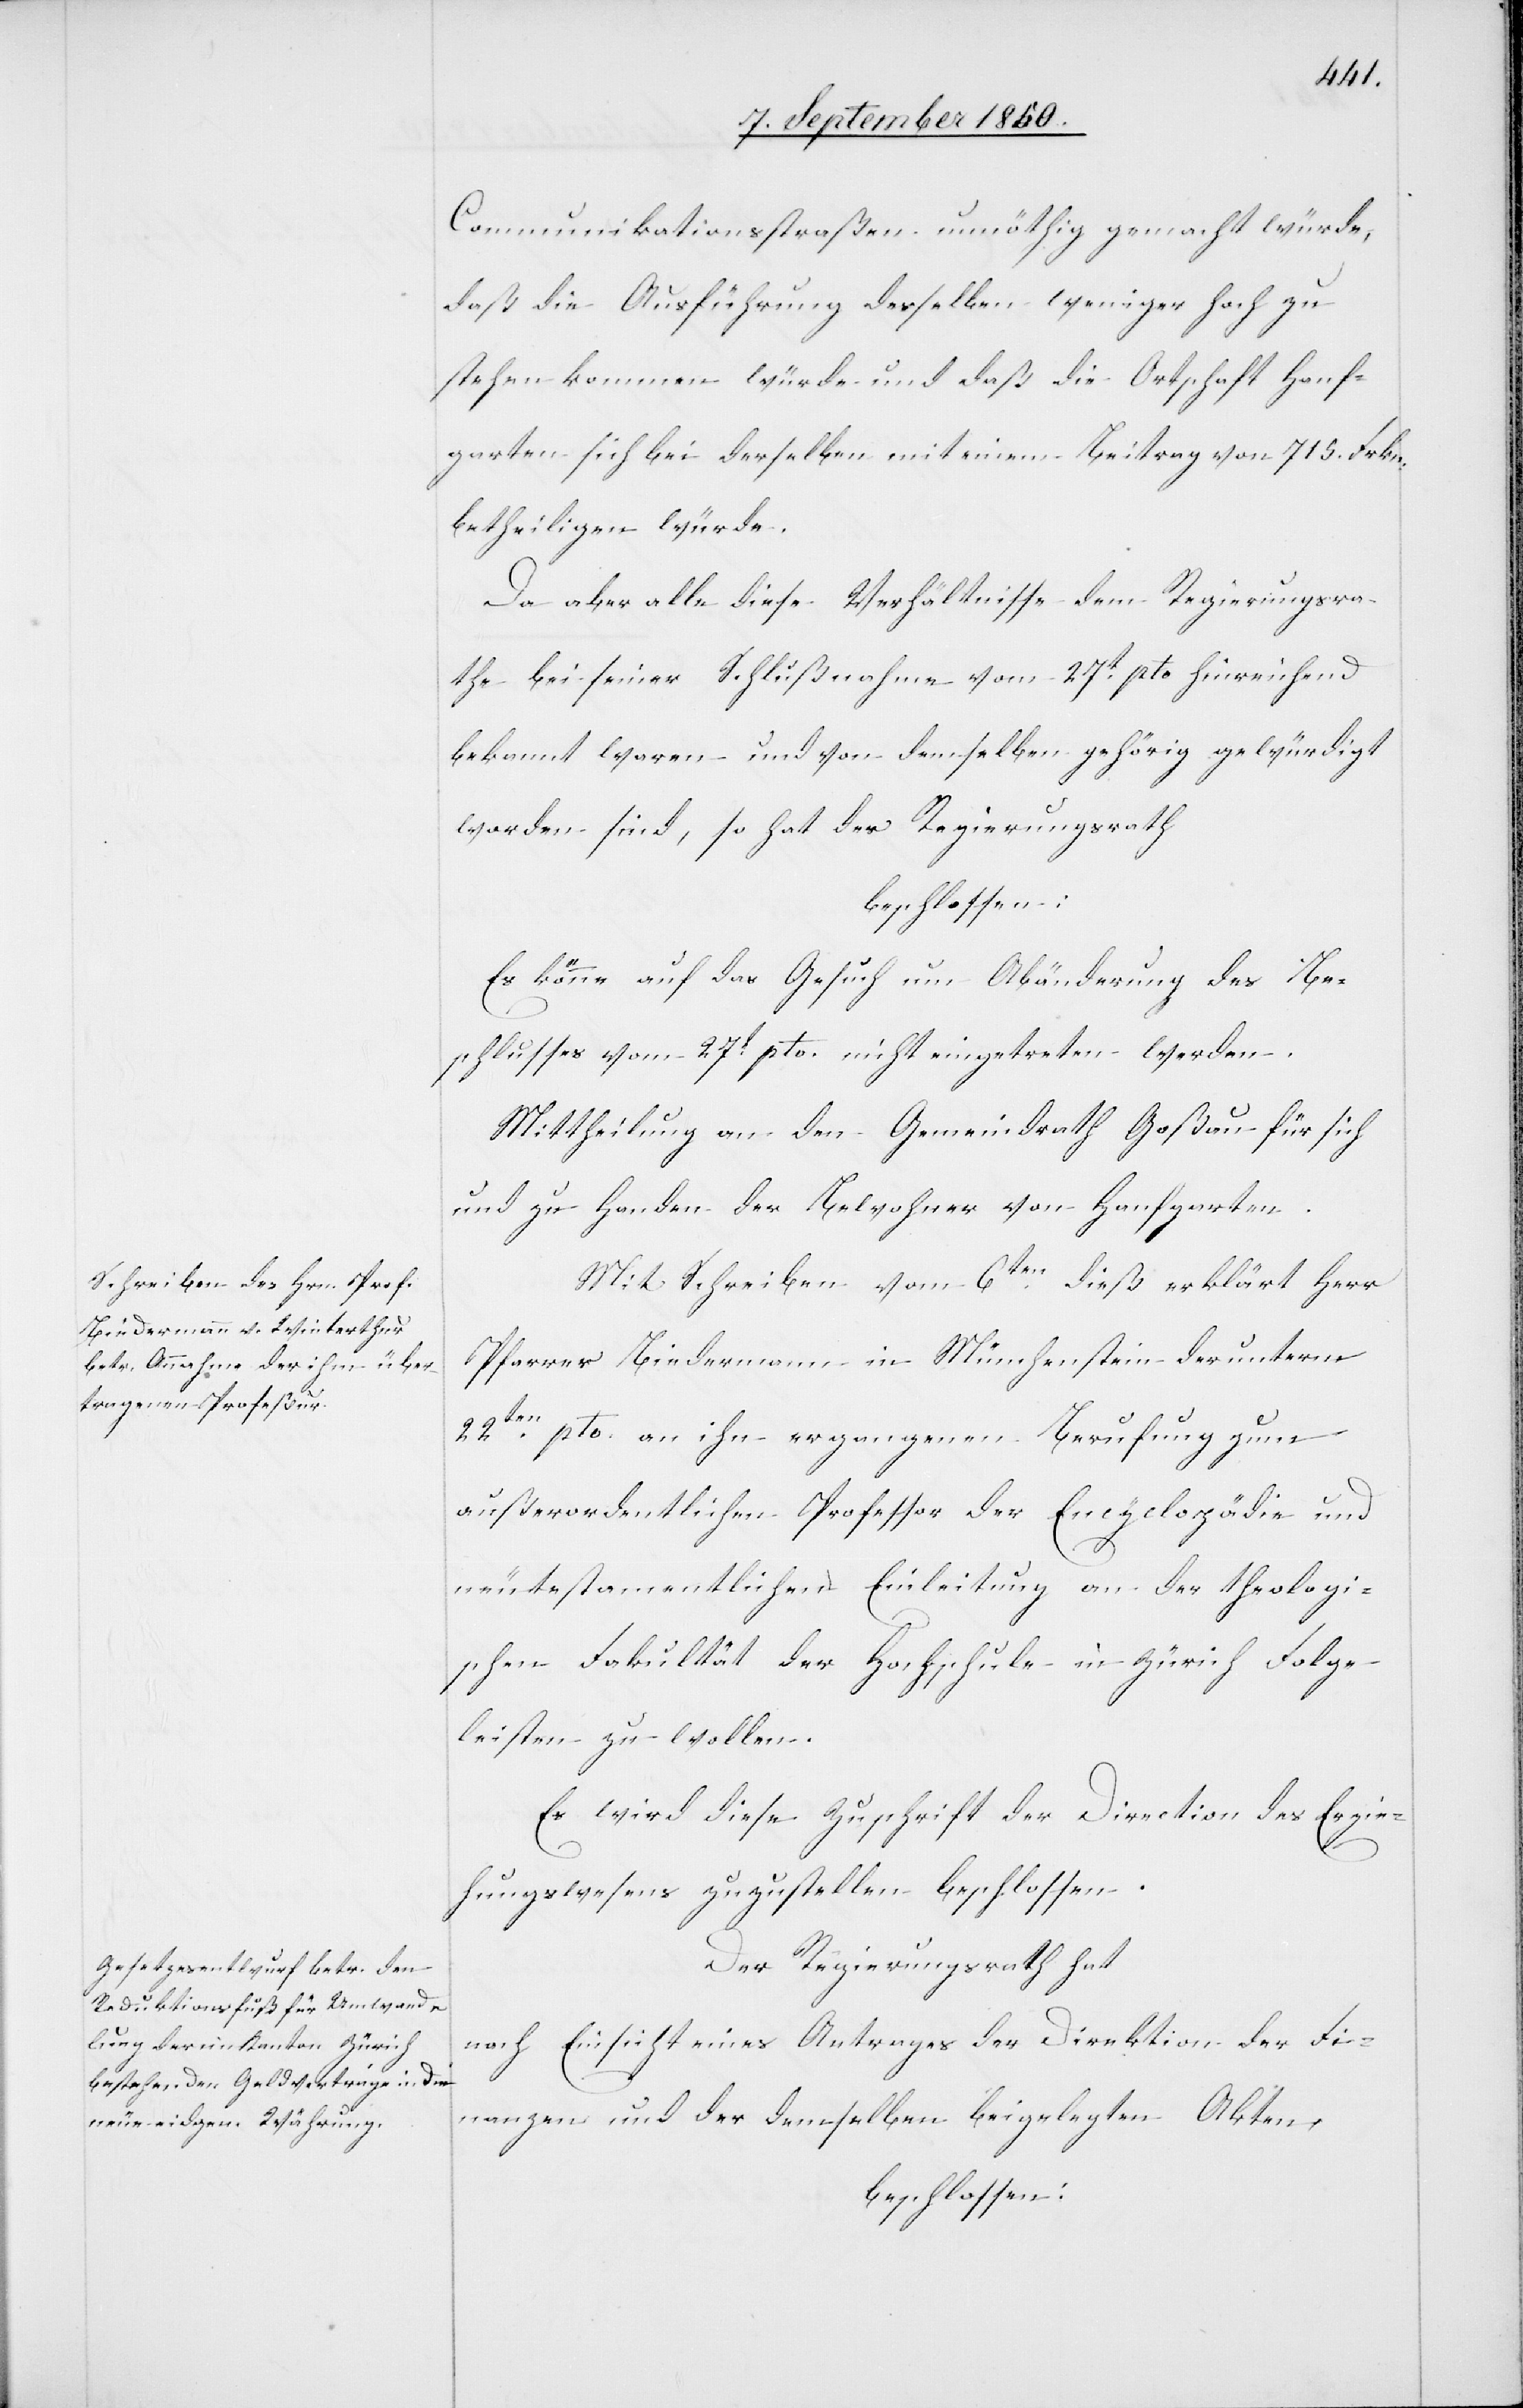
Communikationsstraßen unnöthig gemacht würde,
daß die Ausführung derselben weniger hoch zu
stehen kommen würde und daß die Ortschaft Hanf¬
garten sich bei derselben mit einem Beitrag von 715. Frkn.
betheiligen würde.
Da aber alle diese Verhältnisse dem Regierungsra¬
the bei seiner Schlußnahme vom 27t pto hinreichend
bekannt waren und von demselben gehörig gewürdigt
worden sind, so hat der Regierungsrath
beschlossen:
Es könne auf das Gesuch um Abänderung des Be¬
schlusses vom 27t pto. nicht eingetreten werden.
Mittheilung an den Gemeindrath Goßau für sich
und zu Handen der Bewohner von Hanfgarten.
Mit Schreiben vom 6ten dieß erklärt Herr
Pfarrer Biedermann in Münchenstein der unterm
22ten pto. an ihn ergangenen Berufung zum
außerordentlichen Professor der Encyclopädie und
neutestamentlichen Einleitung an der theologi¬
schen Fakultät der Hochschule in Zürich Folge
leisten zu wollen.
Es wird diese Zuschrift der Direction des Erzie¬
hungswesens zuzustellen beschlossen.
Der Regierungsrath hat
nach Einsicht eines Antrages der Direktion der Fi¬
nanzen und der demselben beigelegten Akten,
beschlossen: